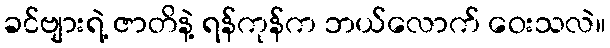
ခင်ဗျားရဲ့ ဇာတိနဲ့ ရန်ကုန်က ဘယ်လောက် ဝေးသလဲ။